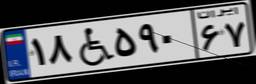
۱۸W۵۹۰۶۷